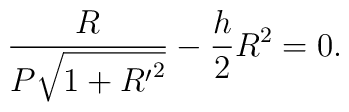
\frac{R}{P\sqrt{1+{R^{\prime}}^2}}-\frac{h}{2}R^2=0.